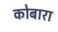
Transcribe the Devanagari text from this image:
कोबारा